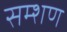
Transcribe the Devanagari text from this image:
सम्शण